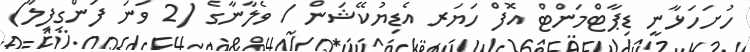
ހުށަހަޅާނީ ޑިޕާޓްމަންޓް އޮފް ހަޔަރ އެޑިޔުކޭޝަން / ވެލާނާގެ (2 ވަނަ ފަންގިފިލާ)